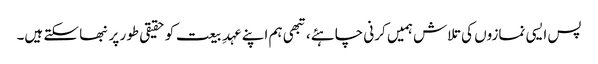
پس ایسی نمازوں کی تلاش ہمیں کرنی چاہئے، تبھی ہم اپنے عہدِ بیعت کو حقیقی طور پر نبھا سکتے ہیں۔